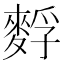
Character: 䴸